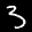
Label: 3